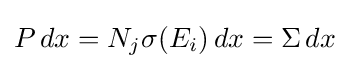
{\textstyle P\,dx=N_{j}\sigma (E_{i})\,dx=\Sigma \,dx}